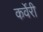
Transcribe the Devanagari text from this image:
कर्वेरी